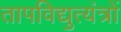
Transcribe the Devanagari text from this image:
तापविद्युत्यंत्रों